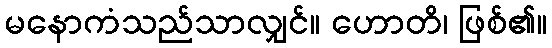
မနောကံသည်သာလျှင်။ ဟောတိ၊ ဖြစ်၏။